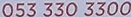
053 330 3300